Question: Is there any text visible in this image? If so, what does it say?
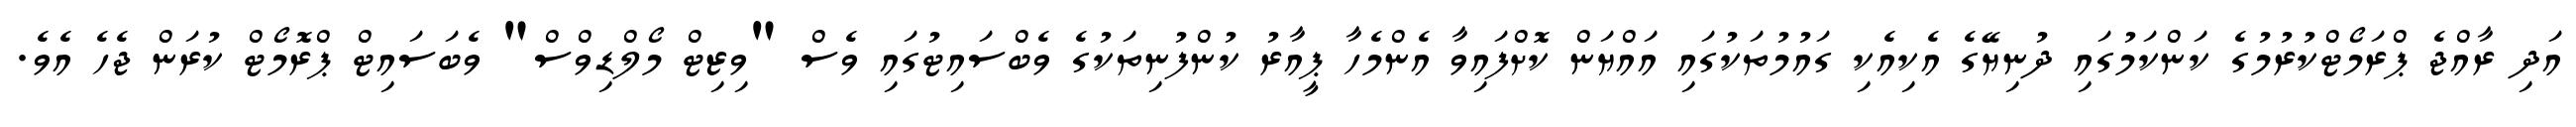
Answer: އަދި ރާއްޖެ ޕްރަމޯޓްކުރުމުގެ ކަންކަމުގައި ދުނިޔޭގެ އެކިއެކި ގައުމުތަކުގައި އައްޔަން ކޮށްފައިވާ އެންމެހާ ޕީއާރު ކުންފުނިތަކުގެ ވެބްސައިޓުގައި ވެސް "ވިޒިޓް މޯލްޑިވްސް" ވެބަސައިޓް ޕްރޮމޯޓް ކުރަން ޖެހެ އެވެ.